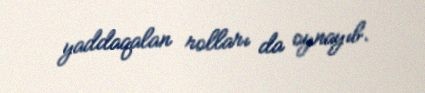
yaddaqalan rolları da oynayıb.